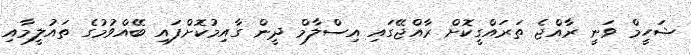
ޝަހީމް ވަނީ ރާއްޖެ ތަރައްގީކޮށް ރާއްޖޭގައި އިސްލާމް ދީން ގާއިމުކޮށްފައި ބޭއްވުމުގެ ތައުލީމާއި